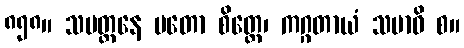
၈၅၈။ သမတ္ထနေ မတော စိတ္တေ၊ ကဂ္ဂတာယံ သမာဓိ စ။